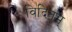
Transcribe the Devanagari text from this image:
विदितम्